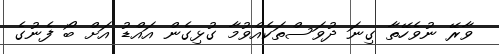
ވާރޭ ނުވެހޭތާ ގިނަ ދުވަސްތަކެއްވުމާ ގުޅިގެން އައްޑު އަށް ބޯ ފެނުގެ